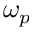
\omega _ { p }